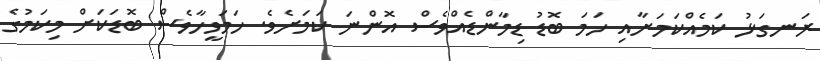
ރަނގަޅު ކަމެއްކަމަށާއި ހަމަ ބޮޑު ޑިމާންޑެއްވެސް އޮންނަ ކަމަށެވެ. ހަމަވީހާވެސް ބޮޑަކަށް މިކަމުގެ